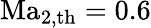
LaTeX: \mathrm{Ma}_{2,\mathrm{th}}=0.6